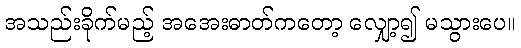
အသည်းခိုက်မည့် အအေးဓာတ်ကတော့ လျှော့၍ မသွားပေ။